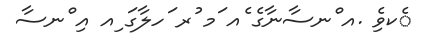
ެކވެި .އ ްނސާނާގެ ެއ ަމ ުރ ަހލާގަ ިއ އި ްނސާ